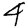
Digit: 4